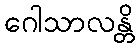
ဂေါသာလန္တိ